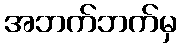
အဘက်ဘက်မှ